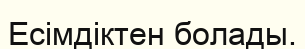
Есімдіктен болады.